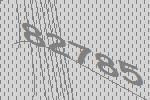
82785